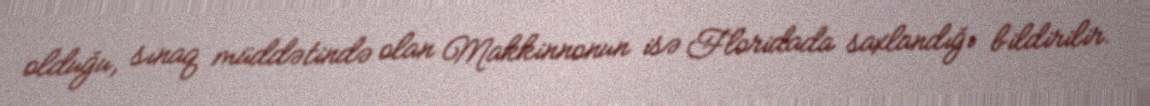
olduğu, sınaq müddətində olan Makkinnonun isə Floridada saxlandığı bildirilir.